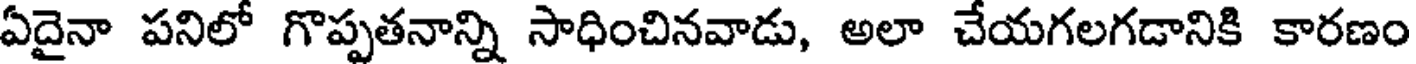
ఏదైనా పనిలో గొప్పతనాన్ని సాధించినవాడు, అలా చేయగలగడానికి కారణం